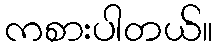
ကစားပါတယ်။